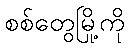
စစ်တွေမြို့ကို